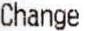
CHANGE